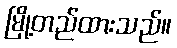
မြို့တည်ထားသည်။